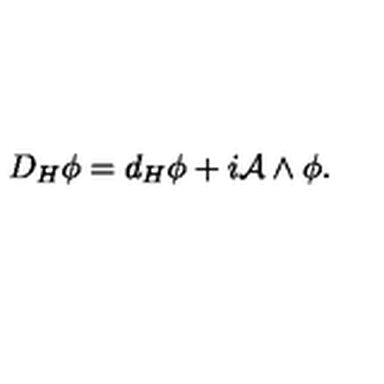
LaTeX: D _ { H } \phi = d _ { H } \phi + i { \mathcal A } \wedge \phi .